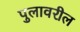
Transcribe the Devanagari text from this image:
पुलावरील